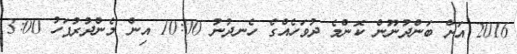
2016 އަށް ބަންދުނޫން ކޮންމެ ދުވަހެއްގެ ހެނދުނު 10:00 އިން މެންދުރުފަހު 3:00